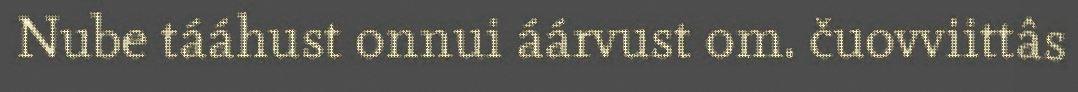
Nube tááhust onnui áárvust om. čuovviittâs